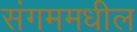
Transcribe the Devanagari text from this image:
संगममधील